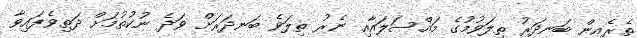
ތެރެއިން ބަނދަރު ތިލަވުމުގެ މައްސަލައާއި ނެރު ތިލަވެ ބަނދަރަށް ވަދެ ނުކުތުމަށް ދަތިވެފައިވާ